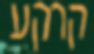
קרקע